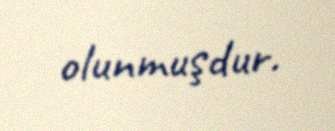
olunmuşdur.